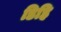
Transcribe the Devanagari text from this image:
डिहि